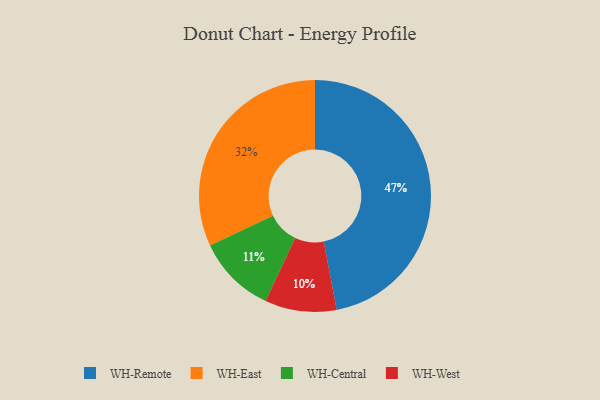
{"axis": {"x": "Category", "y": "Percentage"}, "legend": ["WH-Central", "WH-East", "WH-Remote", "WH-West"], "data": [{"x": "WH-West", "y": 10, "type": "WH-West"}, {"x": "WH-Remote", "y": 47, "type": "WH-Remote"}, {"x": "WH-Central", "y": 11, "type": "WH-Central"}, {"x": "WH-East", "y": 32, "type": "WH-East"}]}